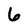
Character: 6